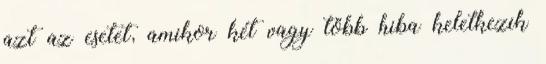
azt az esetet, amikor két vagy több hiba keletkezik